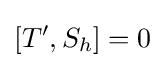
[T',S_{h}]=0